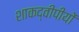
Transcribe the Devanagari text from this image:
शाकद्वीपीयों